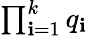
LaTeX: \textstyle\prod_{\mathbf{i}=1}^{k}q_{\mathbf{i}}